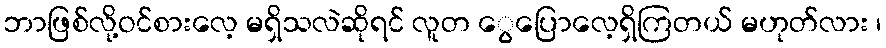
ဘာဖြစ်လို့ဝင်စားလေ့ မရှိသလဲဆိုရင် လူတ ွေပြောလေ့ရှိကြတယ် မဟုတ်လား ၊